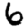
Digit: 6